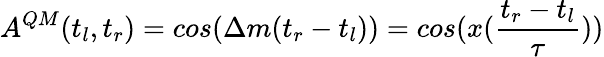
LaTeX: A^{QM}(t_{l},t_{r})=cos(\Delta m(t_{r}-t_{l}))=cos(x(\frac{t_{r}-t_{l}}{\tau}))